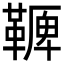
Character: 𩌛